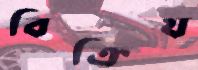
বিক্রিয